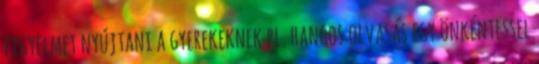
figyelmet nyújtani a gyerekeknek pl. hangos olvasás egy önkéntessel